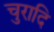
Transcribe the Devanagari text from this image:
चुरादि